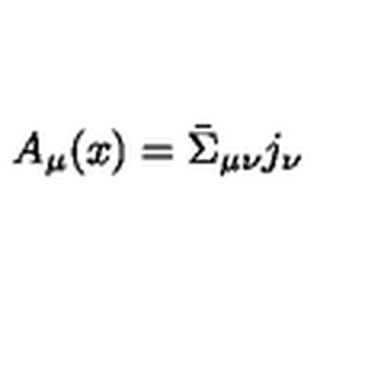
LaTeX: A _ { \mu } ( x ) = \bar { \Sigma } _ { \mu \nu } j _ { \nu }